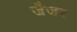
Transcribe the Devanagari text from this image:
जैजर